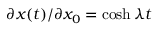
\partial x ( t ) / \partial x _ { 0 } = \cosh \lambda t